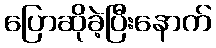
ပြောဆိုခဲ့ပြီးနောက်